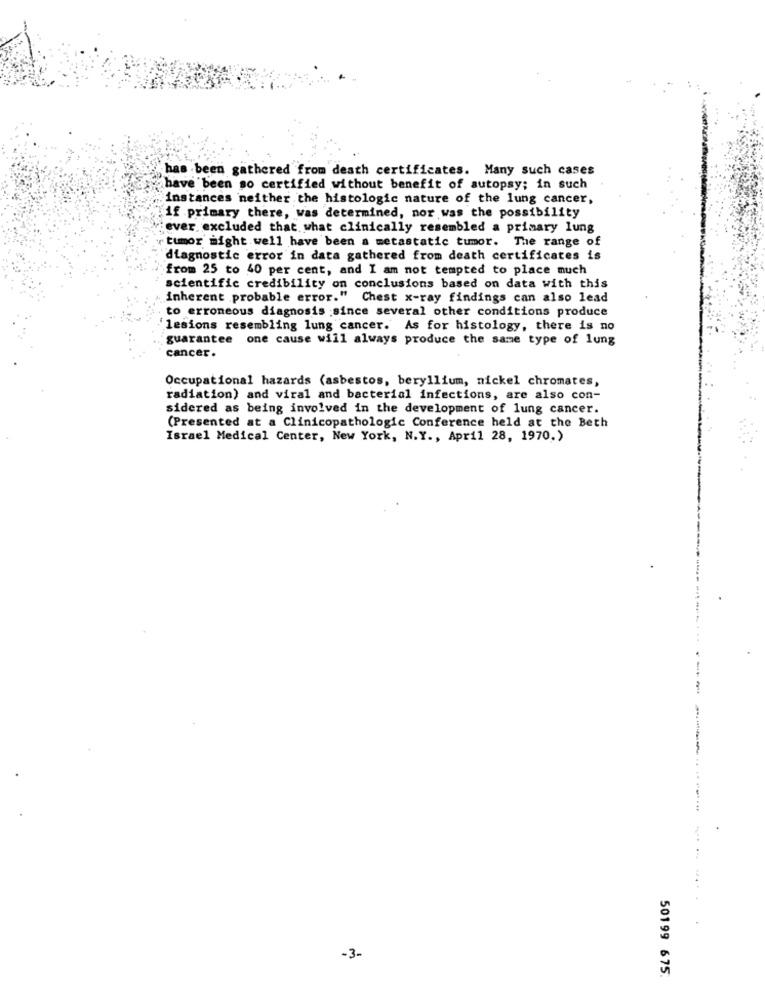
has been gathered from death certificates. Many such cases
have been so certified without benefit of autopsy; in such
instances neither the histologic nature of the lung cancer,
if primary there, was determined, nor was the possibility
iever excluded that what clinically resembled a primary lung
tumor might well have been a metastatic tumor. The range of
diagnostic error in data gathered from death certificates is
from 25 to 40 per cent, and I am not tempted to place much
scientific credibility on conclusions based on data with this
inherent probable error." Chest x-ray findings can also lead
to erroneous diagnosis since several other conditions produce
lesions resembling lung cancer. As for histology, there is no
guarantee one cause will always produce the same type of lung
cancer.
Occupational hazards (asbestos, beryllium, nickel chromates,
radiation) and viral and bacterial infections, are also con-
sidered as being involved in the development of lung cancer.
(Presented at a Clinicopathologic Conference held at the Beth
Israel Medical Center, New York, N.Y ., April 28, 1970.>
-3-
50199 675.